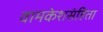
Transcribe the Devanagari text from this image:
वामकेशसंहिता